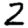
Digit: 2